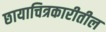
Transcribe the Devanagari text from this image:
छायाचित्रकारीतील